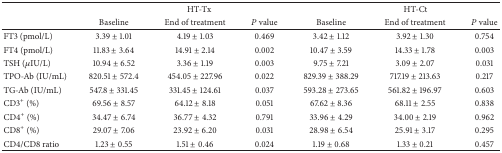
<table><thead><tr><td rowspan="2"><b> </b></td><td colspan="3"><b> HT-Tx</b></td><td colspan="3"><b> HT-Ct</b></td></tr><tr><td><b>Baseline</b></td><td><b>End of treatment</b></td><td><b><i>P</i> value</b></td><td><b>Baseline</b></td><td><b>End of treatment</b></td><td><b><i>P</i> value</b></td></tr></thead><tbody><tr><td>FT3 (pmol/L)</td><td>3.39 ± 1.01</td><td>4.19 ± 1.03</td><td>0.469</td><td>3.42 ± 1.12</td><td>3.92 ± 1.30</td><td>0.754</td></tr><tr><td>FT4 (pmol/L)</td><td>11.83 ± 3.64</td><td>14.91 ± 2.14</td><td>0.002</td><td>10.47 ± 3.59</td><td>14.33 ± 1.78</td><td>0.003</td></tr><tr><td>TSH (<i>μ</i>IU/L)</td><td>10.94 ± 6.52</td><td>3.36 ± 1.19</td><td>0.003</td><td>9.75 ± 7.21</td><td>3.09 ± 2.07</td><td>0.031</td></tr><tr><td>TPO-Ab (IU/mL)</td><td>820.51 ± 572.4</td><td>454.05 ± 227.96</td><td>0.022</td><td>829.39 ± 388.29</td><td>717.19 ± 213.63</td><td>0.217</td></tr><tr><td>TG-Ab (IU/mL)</td><td>547.8 ± 331.45</td><td>331.45 ± 124.61</td><td>0.037</td><td>593.28 ± 273.65</td><td>561.82 ± 196.97</td><td>0.603</td></tr><tr><td>CD3<sup>+</sup> (%)</td><td>69.56 ± 8.57</td><td>64.12 ± 8.18</td><td>0.051</td><td>67.62 ± 8.36</td><td>68.11 ± 2.55</td><td>0.838</td></tr><tr><td>CD4<sup>+</sup> (%)</td><td>34.47 ± 6.74</td><td>36.77 ± 4.32</td><td>0.791</td><td>33.96 ± 4.29</td><td>34.00 ± 2.19</td><td>0.962</td></tr><tr><td>CD8<sup>+</sup> (%)</td><td>29.07 ± 7.06</td><td>23.92 ± 6.20</td><td>0.031</td><td>28.98 ± 6.54</td><td>25.91 ± 3.17</td><td>0.295</td></tr><tr><td>CD4/CD8 ratio</td><td>1.23 ± 0.55</td><td>1.51 ± 0.46</td><td>0.024</td><td>1.19 ± 0.68</td><td>1.33 ± 0.21</td><td>0.457</td></tr></tbody></table>